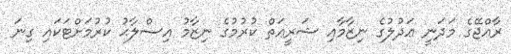
ރާއްޖޭގެ މަދަނީ ޢަދުލުގެ ނިޒާމާއި ޝަރީޢަތް ކުރުމުގެ ނިޒާމު އިޞްލާޙު ކުރުމަށްޓަކައި ގިނަ